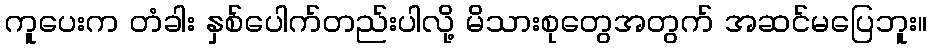
ကူပေးက တံခါး နှစ်ပေါက်တည်းပါလို့ မိသားစုတွေအတွက် အဆင်မပြေဘူး။